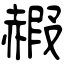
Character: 赮